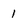
Character: l